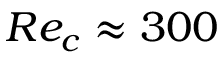
R e _ { c } \approx 3 0 0